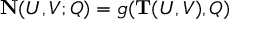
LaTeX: { \bf N } ( U , V ; Q ) = g ( { \bf T } ( U , V ) , Q )